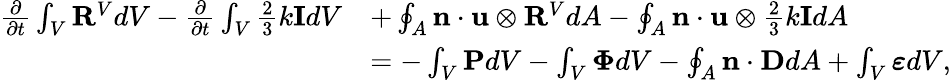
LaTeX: \begin{array}{rl}{\frac{\partial}{\partial t}\int_{V}\mathbf{R}^{V}dV-\frac{\partial}{\partial t}\int_{V}\frac{2}{3}k\mathbf{I}dV}&{+\oint_{A}\mathbf{n}\cdot\mathbf{u}\otimes\mathbf{R}^{V}dA-\oint_{A}\mathbf{n}\cdot\mathbf{u}\otimes\frac{2}{3}k\mathbf{I}dA}\\ &{=-\int_{V}\mathbf{P}dV-\int_{V}\mathbf{\Phi}dV-\oint_{A}\mathbf{n}\cdot\mathbf{D}dA+\int_{V}\boldsymbol{\varepsilon}dV,}\end{array}